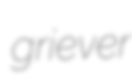
griever